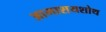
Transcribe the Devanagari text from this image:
आमाशयशोथ